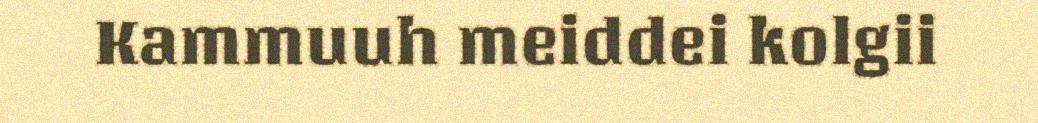
Kammuuh meiddei kolgii